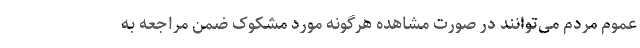
عموم مردم می‌توانند در صورت مشاهده هرگونه مورد مشکوک ضمن مراجعه به